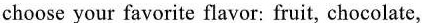
choose your favorite flavor: fruit, chocolate,